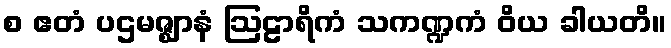
စ ဧတံ ပဌမဇ္ဈာနံ ဩဠာရိကံ သကဏ္ဍကံ ဝိယ ခါယတိ။